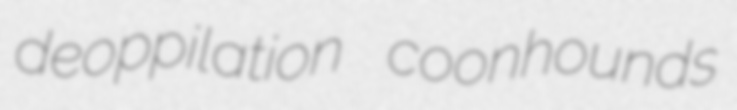
deoppilation coonhounds